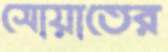
সোয়াতের